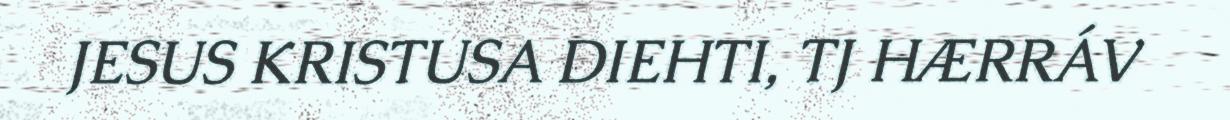
JESUS KRISTUSA DIEHTI, TJ HÆRRÁV